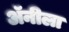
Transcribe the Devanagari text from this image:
अॅनीला